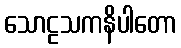
သောဠသကနိပါတော